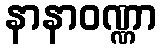
နာနာဝဏ္ဏာ